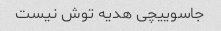
جاسوییچی هدیه توش نیست